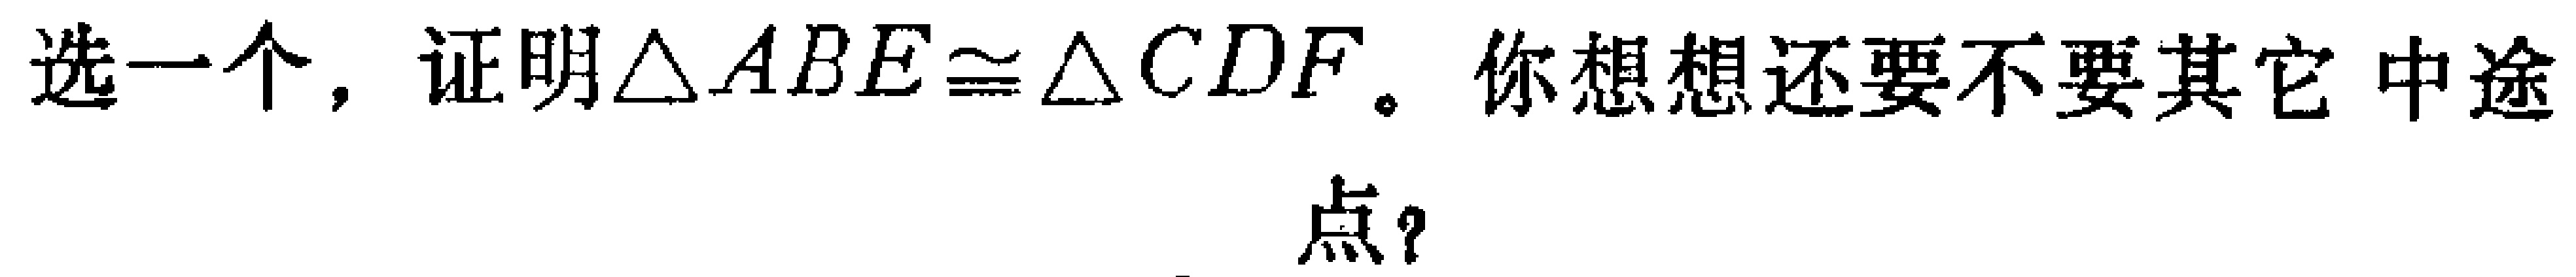
选一个，证明$\triangle ABE\cong\triangle CDF$。你想想还要不要其它 中途点？